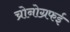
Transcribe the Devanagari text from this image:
च्रोनोग्रफई